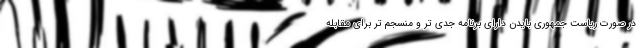
در صورت ریاست جمهوری بایدن دارای برنامه جدی تر و منسجم تر برای مقابله